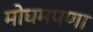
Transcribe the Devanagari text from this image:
मोघमपणा